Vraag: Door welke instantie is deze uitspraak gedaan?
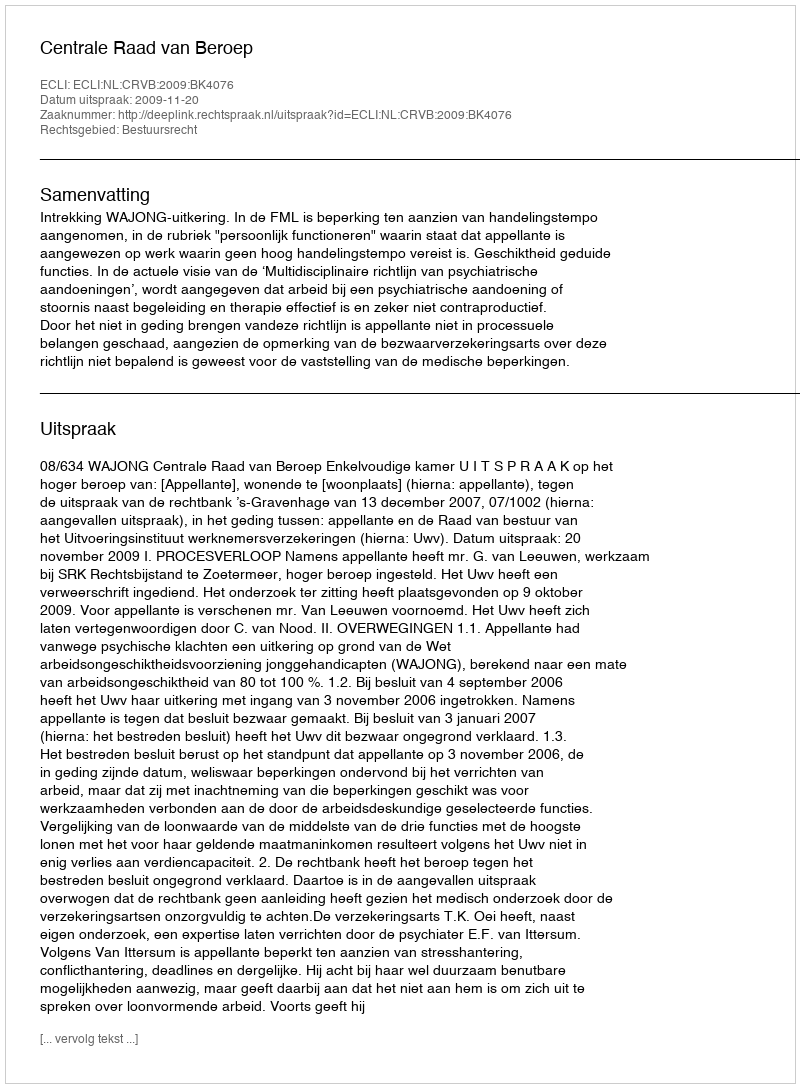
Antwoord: Centrale Raad van Beroep